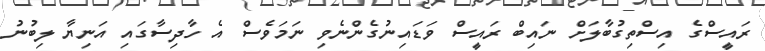
ރައީސްގެ އިސްތިގުބާލަށް ނައިބް ރައީސް ވަޑައިނުގެންނެވި ނަމަވެސް އެ ހާދިސާގައި އަނިޔާ ލިބުނު